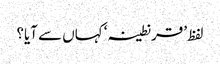
لفظ ’قرنطینہ‘ کہاں سے آیا؟